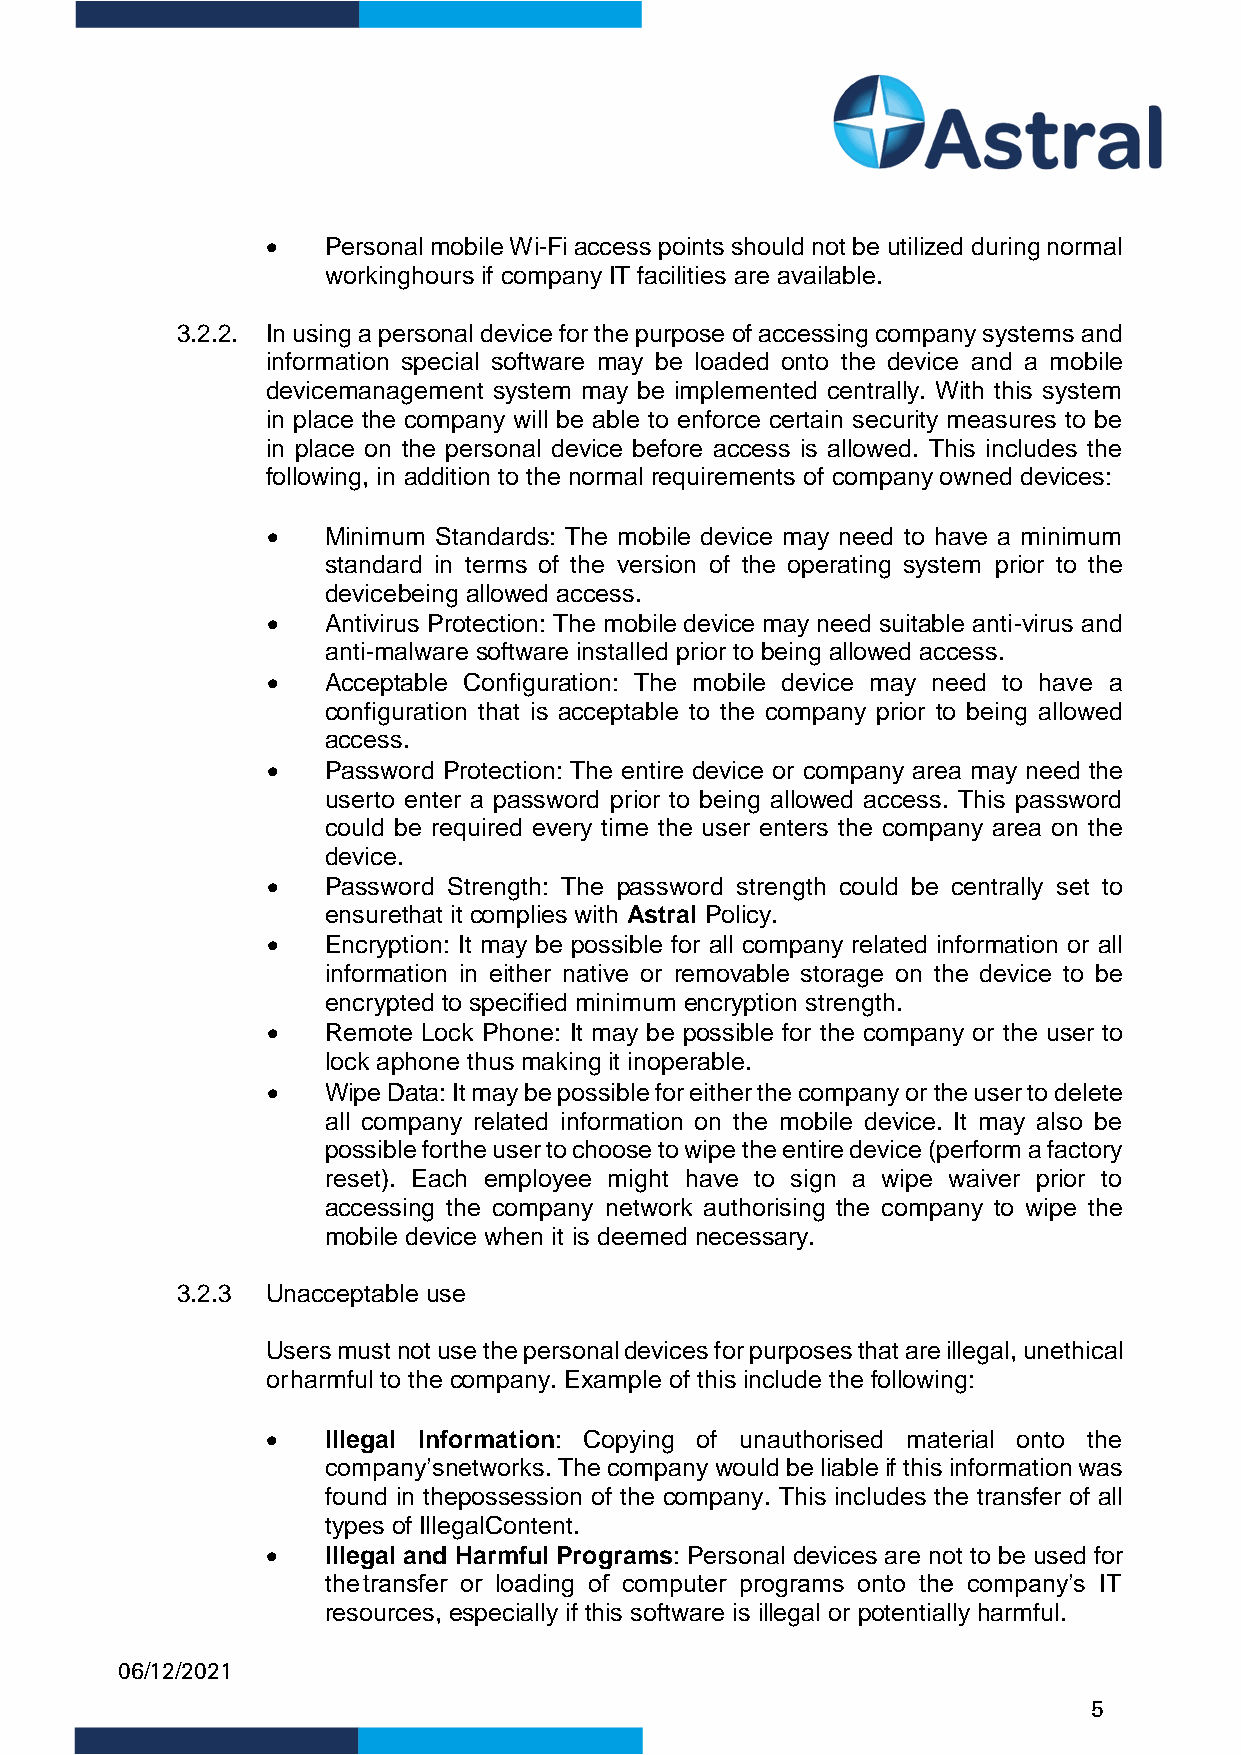
•   Personal mobile Wi-Fi access points should not be utilized during normal
 working hours if company IT facilities are available.
 3.2.2. In using a personal device for the purpose of accessing company systems and
 information special software may be loaded onto the device and a mobile
 device management system may be implemented centrally. With this system
 in place the company will be able to enforce certain security measures to be
 in place on the personal device before access is allowed. This includes the
 following, in addition to the normal requirements of company owned devices:
 •   Minimum Standards: The mobile device may need to have a minimum
 standard in terms of the version of the operating system prior to the
 device being allowed access.
 •   Antivirus Protection: The mobile device may need suitable anti-virus and
 anti- malware software installed prior to being allowed access.
 •   Acceptable Configuration: The mobile device may need to have a
 configuration that is acceptable to the company prior to being allowed
 access.
 •   Password Protection: The entire device or company area may need the
 user to enter a password prior to being allowed access. This password
 could be required every time the user enters the company area on the
 device.
 •   Password Strength: The password strength could be centrally set to
 ensure that it complies with Astral Policy.
 •   Encryption: It may be possible for all company related information or all
 information in either native or removable storage on the device to be
 encrypted to specified minimum encryption strength.
 •   Remote Lock Phone: It may be possible for the company or the user to
 lock a phone thus making it inoperable.
 •   Wipe Data: It may be possible for either the company or the user to delete
 all company related information on the mobile device. It may also be
 possible for the user to choose to wipe the entire device (perform a factory
 reset). Each employee might have to sign a wipe waiver prior to
 accessing the company network authorising the company to wipe the
 mobile device when it is deemed necessary.
 3.2.3 Unacceptable use
 Users must not use the personal devices for purposes that are illegal, unethical
 or harmful to the company. Example of this include the following:
 •   Illegal Information: Copying of unauthorised material onto the
 company’s networks. The company would be liable if this information was
 found in the possession of the company. This includes the transfer of all
 types of Illegal Content.
 •   Illegal and Harmful Programs: Personal devices are not to be used for
 the transfer or loading of computer programs onto the company’s IT
 resources, especially if this software is illegal or potentially harmful.
 06/12/2021
 5